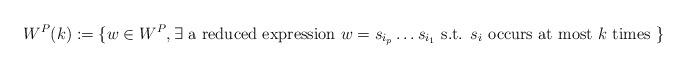
LaTeX: \begin{align*}W^P(k):=\{w\in W^P, \exists\textrm{ a reduced expression }w=s_{i_p}\ldots s_{i_1}\textrm{ s.t. }s_i\textrm{ occurs at most }k\textrm{ times }\}\end{align*}